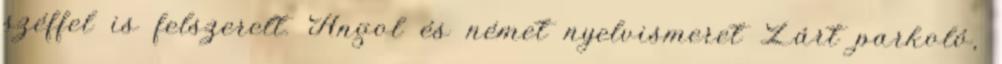
széffel is felszerelt. Angol és német nyelvismeret Zárt parkoló,